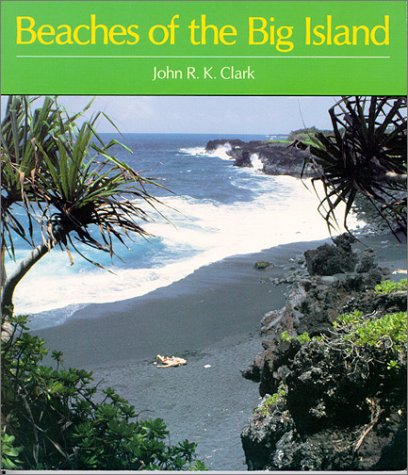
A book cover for Beaches of the Big Island (A Kolowalu Book); John R. K. Clark; Travel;